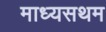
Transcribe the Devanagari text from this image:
माध्यसथम